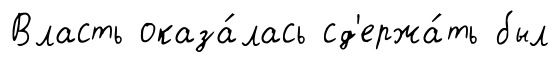
Власть оказа́лась сд'ержа́ть был